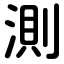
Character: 測